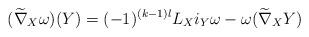
LaTeX: \begin{align*}(\widetilde{\nabla}_X\omega)(Y)&=(-1)^{(k-1)l}L_Xi_Y\omega-\omega(\widetilde{\nabla}_XY)\end{align*}